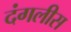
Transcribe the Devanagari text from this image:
दंगलीस